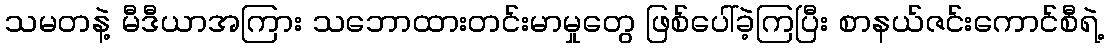
သမတနဲ့ မီဒီယာအကြား သဘောထားတင်းမာမှုတွေ ဖြစ်ပေါ်ခဲ့ကြပြီး စာနယ်ဇင်းကောင်စီရဲ့